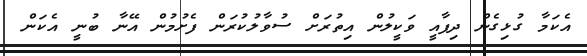
އެކަމާ ގުޅިގެން ދިފާއީ ވަކީލުން އިތުރަށް ސުވާލުކުރަން ފެށުމުން އޭނާ ބުނީ އެކަން